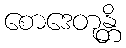
စောဒေတုန္တိ